Scottish Leaving Certificate Examination, 1956
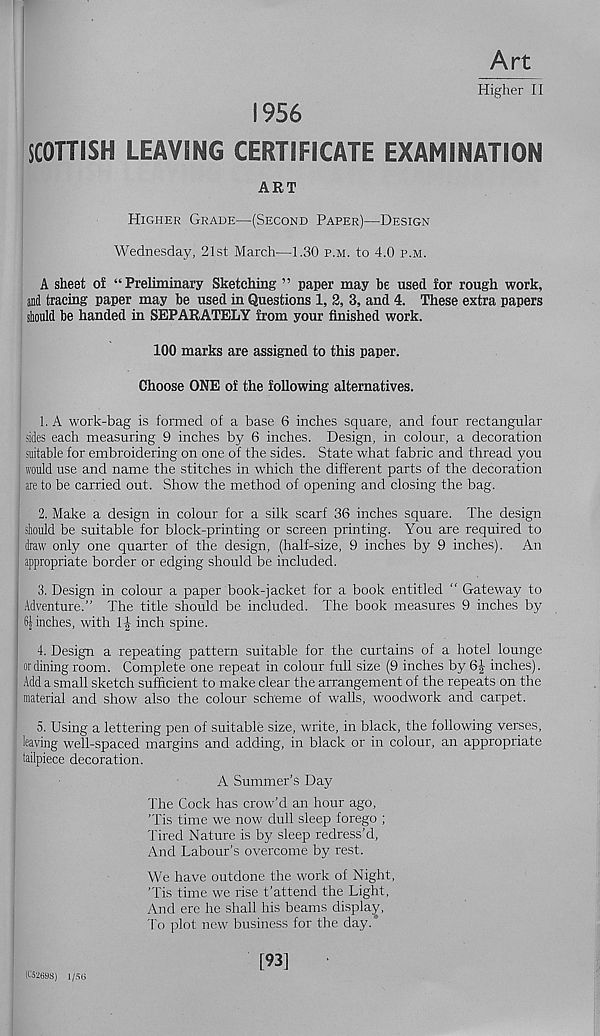
Art
Higher II
1956
SCOTTISH LEAVING CERTIFICATE EXAMINATION
ART
Higher Grade—(Second Paper)—Design
Wednesday, 21st March—1.30 p.m. to 4.0 p.m.
A sheet of “Preliminary Sketching ” paper may be used for rough work,
and tracing paper may be used in Questions 1, 2, 3, and 4. These extra papers
should be handed in SEPARATELY from your finished work.
100 marks are assigned to this paper.
Choose ONE of the following alternatives.
1. A work-bag is formed of a base 6 inches square, and four rectangular
sides each measuring 9 inches by 6 inches. Design, in colour, a decoration
suitable for embroidering on one of the sides. State what fabric and thread you
would use and name the stitches in which the different parts of the decoration
are to be carried out. Show the method of opening and closing the bag.
2. Make a design in colour for a silk scarf 36 inches square. The design
should be suitable for block-printing or screen printing. You are required to
draw only one quarter of the design, (half-size, 9 inches by 9 inches). An
appropriate border or edging should be included.
3. Design in colour a paper book-jacket for a book entitled “ Gateway to
Adventure.” The title should be included. The book measures 9 inches by
Scinches, with 1-J inch spine.
4. Design a repeating pattern suitable for the curtains of a hotel lounge
or dining room. Complete one repeat in colour full size (9 inches by 6J inches).
Add a small sketch sufficient to make clear the arrangement of the repeats on the
material and show also the colour scheme of walls, woodwork and carpet.
5. Using a lettering pen of suitable size, write, in black, the following verses,
leaving well-spaced margins and adding, in black or in colour, an appropriate
tailpiece decoration.
A Summer’s Day
The Cock has crow’d an hour ago,
'Tis time we now dull sleep forego ;
Tired Nature is by sleep redress’d,
And Labour’s overcome by rest.
We have outdone the work of Night,
'Tis time we rise t’attend the Light,
And ere he shall his beams display,
To plot new business for the day.
(taZSSS) 1/56
[93]